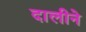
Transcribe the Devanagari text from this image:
दालीने